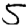
Digit: 5